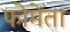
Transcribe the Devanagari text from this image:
फोमेंता